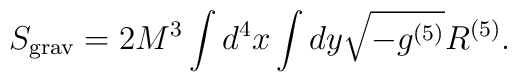
S_{\rm grav}=2M^3\int d^{4}x\int dy\sqrt{-g^{(5)}}R^{(5)} .